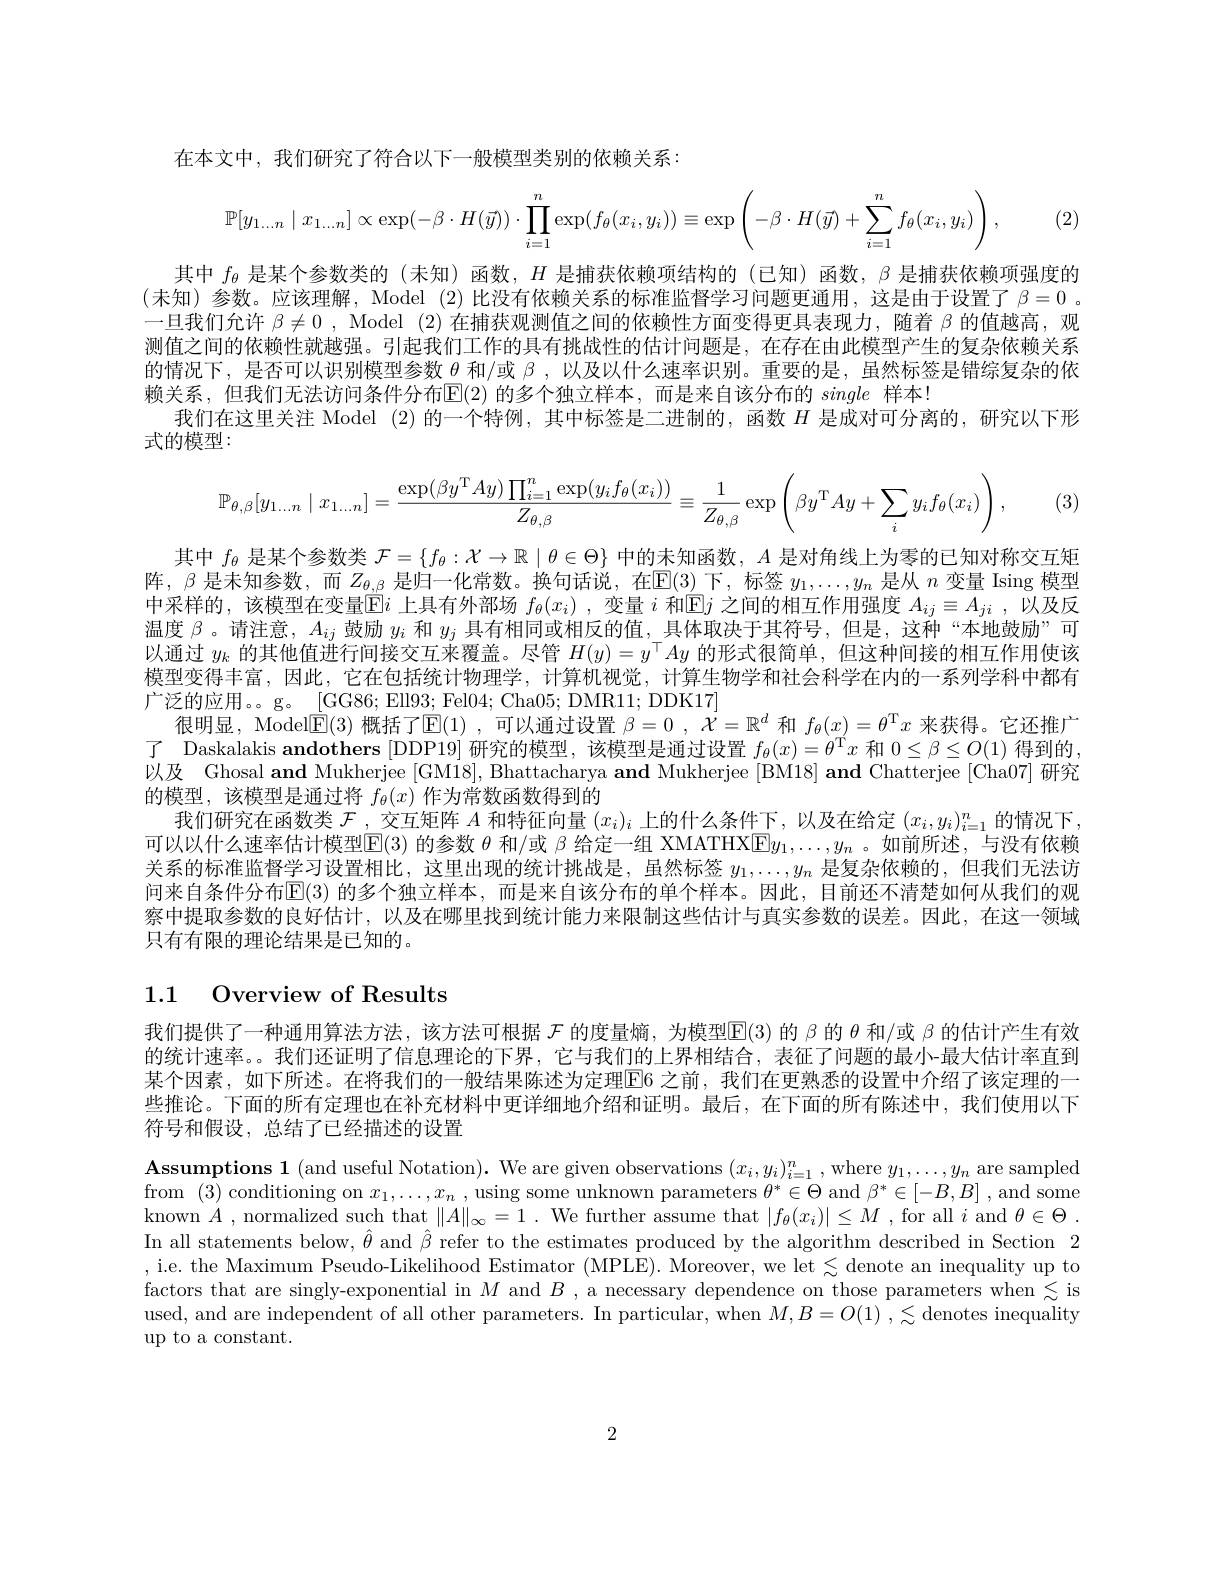
在本文中，我们研究了符合以下一般模型类别的依赖关系：

 (2)
$$\mathbb{P}[y_{1...n}\mid x_{1...n}]\propto\exp(-\beta\cdot H(\vec{y}))\cdot\prod_{i=1}^n\exp(f_\theta(x_i,y_i))\equiv\exp\left(-\beta\cdot H(\vec{y})+\sum_{i=1}^nf_\theta(x_i,y_i)\right),$$
其中$f_{\theta}$是某个参数类的 (未知)函数，$H$是捕获依赖项结构的 (已知)函数，$\beta$是捕获依赖项强度的(末知)参数。应该理解，Model (2)比没有依赖关系的标准监督学习问题更通用，这是由于设置了 $\beta=0$ 。一旦我们允许$\beta\neq0$ , Model (2)在捕获观测值之间的依赖性方面变得更具表现力，随着$\beta$的值越高，观测值之间的依赖性就越强。引起我们工作的具有挑战性的估计问题是，在存在由此模型产生的复杂依赖关系的情况下，是否可以识别模型参数\_$\theta$和/或$\beta$,以及以什么速率识别。重要的是，虽然标签是错综复杂的依赖关系，但我们无法访问条件分布E(2)的多个独立样本，而是来自该分布的single样本！
我们在这里关注 Model (2)的一个特例，其中标签是二进制的，函数$H$是成对可分离的，研究以下形
式的模型：
$$\mathbb{P}_{\theta,\beta}[y_{1...n}\mid x_{1...n}]=\frac{\exp(\beta y^\mathrm{T}Ay)\prod_{i=1}^n\exp(y_if_\theta(x_i))}{Z_{\theta,\beta}}\equiv\frac{1}{Z_{\theta,\beta}}\exp\left(\beta y^\mathrm{T}Ay+\sum_{i}y_if_\theta(x_i)\right),$$
(3)

其中$f_\theta$是某个参数类$\mathcal{F}=\{f_\theta:\mathcal{X}\to\mathbb{R}\mid\theta\in\Theta\}$中的末知函数，$A$是对角线上为零的已知对称交互矩阵，$\beta$是未知参数，而$Z_\theta,\beta$是归一化常数。换句话说，在$\mathbb{E}(3)$下，标签$y_1,\ldots,y_n$是从$n$变量 Ising 模型中采样的，该模型在变量$\overline{\mathbb{E}}i$上具有外部场$f_\theta(x_i)$ ,变量$i$和$\mathbb{E}j$之间的相互作用强度$A_ij\equiv A_{ji}$,以及反温度$\beta$ 。请注意，$A_{ij}$鼓励$y_i$和$y_j$具有相同或相反的值，具体取决于其符号，但是，这种“本地鼓励”可以通过$y_k$的其他值进行间接交互来覆盖。尽管$H(y)=y^\top Ay$的形式很简单，但这种间接的相互作用使该模型变得丰富，因此，它在包括统计物理学，计算机视觉，计算生物学和社会科学在内的一系列学科中都有广泛的应用。。g。[GG86; Ell93; Fel04; Cha05; DMR11; DDK17]
很明显，Model$\overline{\mathrm{E}}(3)$概括了$\overline{\mathrm{E}}(1)$ ,可以通过设置$\beta=0$ , $\mathcal{X}=\mathbb{R}^d$和$f_\theta(x)=\theta^\mathrm{T}x$来获得。它还推广了 Daskalakis andothers [DDP19] 研究的模型，该模型是通过设置$f_\theta(x)=\theta^\mathrm{T}x$和$0\leq\beta\leq O(1)$得到的以及 Ghosal and Mukherjee [GM18], Bhattacharya and Mukherjee [BM18] and Chatterjee [Cha07]研究的模型，该模型是通过将$f_\theta(x)$作为常数函数得到的
我们研究在函数类$\mathcal{F}$ ,交互矩阵$A$和特征向量$(x_i)_i$上的什么条件下，以及在给定$(x_i,y_i)_i=1^n$的情况下可以以什么速率估计模型$\overline{\mathbb{E}}(3)$的参数$\theta$和/或$\beta$给定一组 XMATHXE$y_1,\ldots,y_n$ 。如前所述，与没有依赖关系的标准监督学习设置相比，这里出现的统计挑战是，虽然标签$y_1,\ldots,y_n$是复杂依赖的，但我们无法访间来自条件分布$\mathbb{E}(3)$ 的多个独立样本，而是来自该分布的单个样本。因此，目前还不清楚如何从我们的观察中提取参数的良好估计，以及在哪里找到统计能力来限制这些估计与真实参数的误差。因此，在这一领域只有有限的理论结果是已知的。

## 1.1 Overview of Results

我们提供了一种通用算法方法，该方法可根据$\mathcal{F}$的度量熵，为模型$\mathbb{E}(3)$的$\beta$的$\theta$和/或$\beta$的估计产生有效的统计速率。。我们还证明了信息理论的下界，它与我们的上界相结合，表征了问题的最小-最大估计率直到某个因素，如下所述。在将我们的一般结果陈述为定理E6 之前，我们在更熟悉的设置中介绍了该定理的一些推论。下面的所有定理也在补充材料中更详细地介绍和证明。最后，在下面的所有陈述中，我们使用以下符号和假设，总结了已经描述的设置

$\textbf{Assumptions 1 ( and useful Notation) . We are given observations }( x_i, y_i) _{i= 1}^n$, where $y_1,\ldots,y_n$ are sampled from (3) conditioning on $x_1,\ldots,x_n$ , using some unknown parameters $\theta^*\in\Theta$ and $\beta^*\in[-B,B]$ , and some known $A$ , normalized such that $\|A\|_\infty=1$ . We further assume that $|f_\theta(x_i)|\leq M$ , for all $i$ and $\theta\in\Theta.$ In all statements below, $\hat{\theta}$ and $\hat{\beta}$ refer to the estimates produced by the algorithm described in Section 2 , i.e. the Maximum Pseudo-Likelihood Estimator (MPLE). Moreover, we let $\lesssim$denote an inequality up to factors that are singly-exponential in $M$ and $B$ ,a necessary dependence on those parameters when $\lesssim$ is used, and are independent of all other parameters. In particular, when $M, B= O( 1)$ $, \lesssim$denotes inequality up to a constant.

2